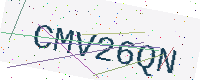
Text: CMV26QN